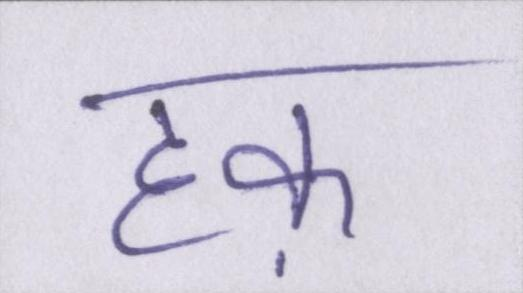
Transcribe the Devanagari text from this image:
हक़